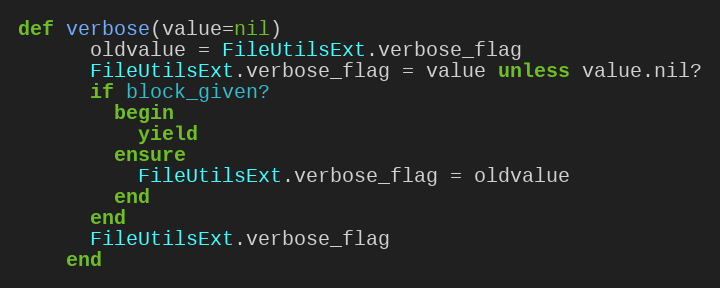
Language: Ruby
def verbose(value=nil)
      oldvalue = FileUtilsExt.verbose_flag
      FileUtilsExt.verbose_flag = value unless value.nil?
      if block_given?
        begin
          yield
        ensure
          FileUtilsExt.verbose_flag = oldvalue
        end
      end
      FileUtilsExt.verbose_flag
    end